Annual administration report of the Bombay Presidency - 1887-1892
Year: 1887
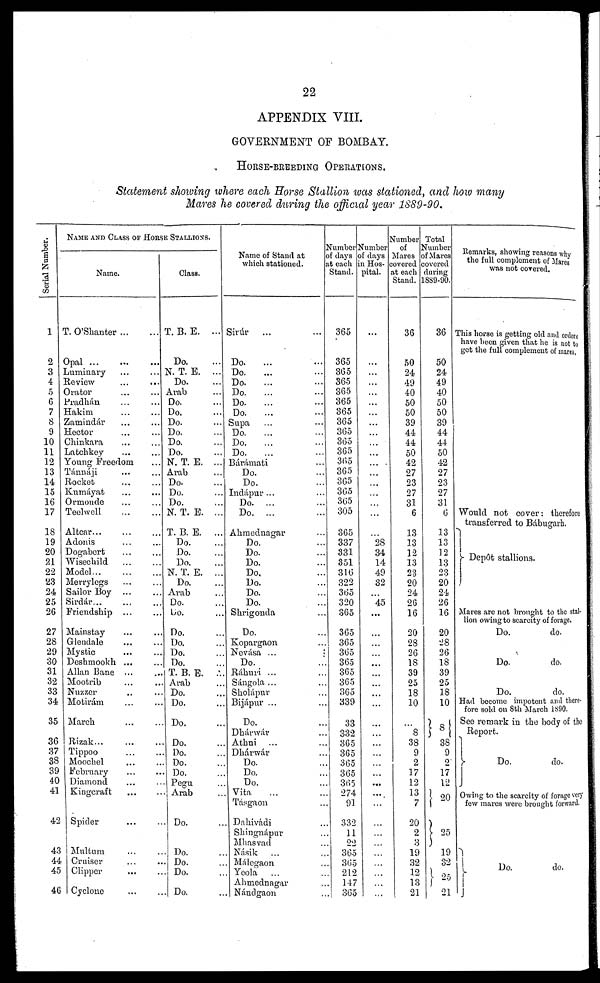
22
APPENDIX VIII.
GOVERNMENT OF BOMBAY.
HORSE-BREEDING
OPERATIONS.
Statement showing where each Horse Stallion was stationed, and how many
Mares he covered during the official year 1889-90.
Serial Number.
1
2
3
4
5
6
7
8
9
10
11
12
13
14
15
16
17
18
19
20
21
22
23
24
25
26
27
28
29
30
31
32
33
34
35
36
37
38
39
40
41
42
43
44
45
46
NAME AND CLASS OF HORSE STALLIONS.
Name.
T. O'Shanter
...
...
Opal
...
...
...
Luminary ... ...
Review
...
...
Orator ... ...
Pradhán ... ...
Hakim ... ...
Zamindár ... ...
Hector ... ...
Chinkara ... ...
Latchkey ... ...
Young Freedom ...
Tánnáji ... ...
Rocket ... ...
Kumáyat ... ...
Ormonde ... ...
Teelwell
...
...
Altcar... ... ...
Adonis ... ...
Dogabert ... ...
Wisechild
...
...
Model
...
...
Merrylegs ... ...
Sailor Boy ... ...
Sirdár... ... ...
Friendship ... ...
Mainstay ... ...
Glendale ... ...
Mystic ... ...
Deshmookh ... ...
Allan Bane ... ...
Mootrib ... ...
Nuzzer ... ...
Motirám ... ...
March ... ...
Rizak... ... ...
Tippoo ... ...
Moochel ... ...
February ... ...
Diamond ... ...
Kingcraft ... ...
Spider ... ...
Multum ... ...
Cruiser ... ...
Clipper ... ...
Cyclone ... ...
Class.
T. B. E. ...
Do. ...
N. T. E. ...
Do. ...
Arab ...
Do. ...
Do. ...
Do. ...
Do. ...
Do. ...
Do. ...
N. T. E. ...
Arab ...
Do. ...
Do. ...
Do. ...
N. T. E. ...
T. B. E. ...
Do. ...
Do. ...
Do. ...
N. T. E. ...
Do ....
Arab ...
Do. ...
Do. ...
Do. ...
Do. ...
Do. ...
Do. ...
T. B. E.
...
Arab ...
Do. ...
Do. ...
Do. ...
Do. ...
Do. ...
Do. ...
Do. ...
Pegu ...
Arab ...
Do. ...
Do. ...
Do. ...
Do. ...
Do. ...
Name of Stand at
which stationed.
Sirúr ... ...
Do. ... ...
Do. ... ...
Do. ... ...
Do. ... ...
Do. ... ...
Do. ... ...
Supa ... ...
Do. ... ...
Do. ... ...
Do. ... ...
Bárámati ...
Do. ... ...
Do. ... ...
Indápur ... ...
Do. ... ...
Do. ... ...
Ahmednagar ...
Do. ...
Do. ...
Do. ...
Do. ...
Do. ...
Do. ...
Do. ...
Shrigonda ...
Do. ...
Kopargaon ...
Nevása ...
...
Do. ...
Ráhuri ... ...
Sángola ... ...
Sholápur ...
Bijápur ... ...
Do. ...
Dhárwár ...
Athni ... ...
Dhárwár ...
Do. ...
Do. ...
Do. ...
Vita ... ...
Tasgaon ...
Dahivádi ...
Shingnápur ...
Mhasvad ...
Násik ... ...
Málegaon ...
Yeola ... ...
Ahmednagar ...
Nándgaon ..
Number
days
each
Stand.
365
365
365
365
365
365
365
365
365
365
365
365
365
365
365
365
305
365
337
331
351
316
322
365
320
365
365
365
365
365
365
365
365
339
33
332
365
365
365
365
365
274
91
332
11
22
365
365
212
147
365
Number
of days
in Hos-
pital.
...
...
...
...
...
...
...
...
...
...
...
...
...
...
...
...
...
...
28 34
14
49
32
...
45
...
...
...
...
...
...
...
...
...
...
...
...
...
...
...
...
...
...
...
...
...
...
...
...
...
...
Number
of
Mares
covered
at each
Stand.
36
50
24
49
40
50
50
39
44
44
50
42
27
23
27
31
6
13
13
12
13
23
20
24
26
16
20
28
26
18
39
25
18
10
...
8 38
9
2
17
12
13
7
20
2
3
19
32
12
13
21
Total
Number
of Mares
covered
during
1889-90.
36
50
24
49
40
50
50
39
44
44
50
42
27
23
27
31
6
13
13
12
13
23
20
24
26
16
20
28
26
18
39
25
18
10
8
38
9
2
17
12
20
25
19
32
25
21
Remarks, showing reasons why
the full complement of Mares
was not covered.
This horse is getting old and orders
have been given that he is not to
get the full complement of mares.
Would not cover: therefore
transferred to Bábugarh.
Depôt stallions.
Mares are not brought to the stal-
lion owing to scarcity of forage.
Do.
do.
Do.
do.
Do.
do.
Had become impotent and there-
fore sold on 8th March 1890.
See remark in the body of the
Report.
Do.
do.
Owing to the scarcity of forage very
few mares were brought forward.
Do.
do.